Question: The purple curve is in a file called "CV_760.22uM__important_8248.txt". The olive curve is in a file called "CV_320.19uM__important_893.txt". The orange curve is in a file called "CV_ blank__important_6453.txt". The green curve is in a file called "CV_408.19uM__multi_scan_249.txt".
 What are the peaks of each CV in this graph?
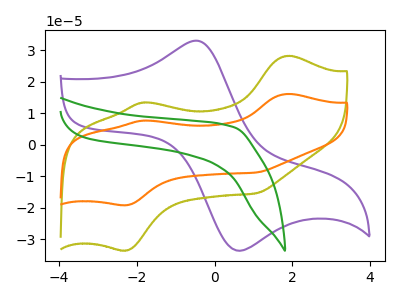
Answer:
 <answer>The purple curve "760.22uM" has an anodic peak at (-0.40V, 33.05uA) and a cathodic peak at (0.60V, -33.75uA). The olive curve "320.19uM" has anodic peaks at (1.90V, 28.30uA) (-1.80V, 13.50uA) and cathodic peaks at (-2.30V, -33.65uA) (1.05V, -15.45uA). The orange curve " blank" has anodic peaks at (1.90V, 16.15uA) (-1.80V, 7.70uA) and cathodic peaks at (-2.30V, -19.20uA) (1.05V, -8.80uA). The green curve "408.19uM" has no peaks.</answer>
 <eval></eval>